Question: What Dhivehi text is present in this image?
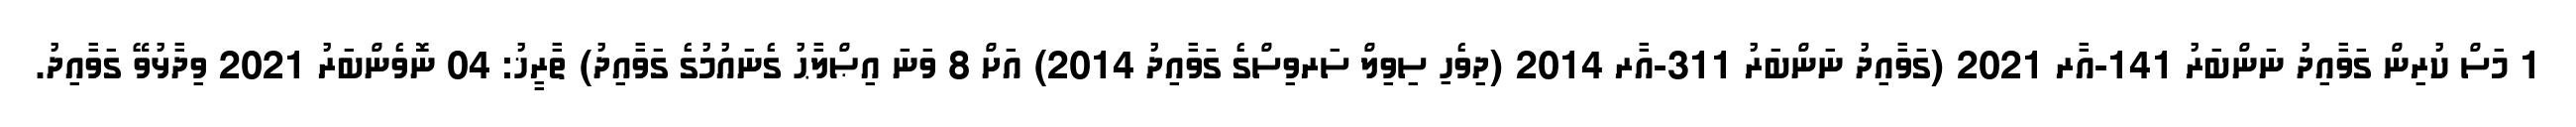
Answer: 1 މަސް ކުރިން ގަވާއިދު ނަންބަރު 141-އާރ 2021 (ގަވާއިދު ނަންބަރު 311-އާރ 2014 (ދިވެހި ސިވިލް ސަރވިސްގެ ގަވާއިދު 2014) އަށް 8 ވަނަ އިޞްލާޙު ގެނައުމުގެ ގަވާއިދު) ތާރީޚު: 04 ނޮވެންބަރު 2021 ވިދާޅުވޭ ގަވާއިދު.